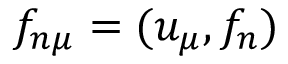
f _ { n \mu } = ( u _ { \mu } , f _ { n } )